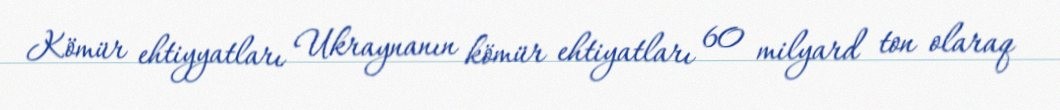
Kömür ehtiyyatları Ukraynanın kömür ehtiyatları 60 milyard ton olaraq